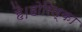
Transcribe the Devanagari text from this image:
है।होरिल्का